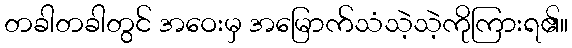
တခါတခါတွင် အဝေးမှ အမြောက်သံသဲ့သဲ့ကိုကြားရ၏။